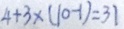
4 + 3 \times ( 1 0 - 1 ) = 3 1